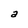
Character: a